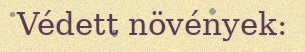
Védett növények: